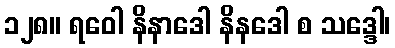
၁၂၈။ ရဝေါ နိနာဒေါ နိနဒေါ စ သဒ္ဒေါ၊